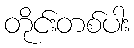
တိုင်းတစ်ပါး